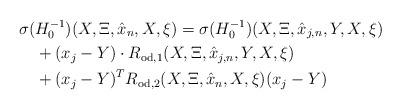
LaTeX: \begin{align*}&\sigma(H_0^{-1})(X,\Xi,\hat{x}_{n},X,\xi) = \sigma(H_0^{-1})(X,\Xi,\hat{x}_{j,n},Y,X,\xi) \\&\ \ \ + (x_j-Y) \cdot R_{\mathrm{od},1}(X,\Xi,\hat{x}_{j,n},Y,X,\xi) \\ &\ \ \ + (x_j-Y)^T R_{\mathrm{od},2}(X,\Xi,\hat{x}_{n},X,\xi) (x_j-Y)\end{align*}